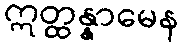
ဣတ္ထန္နာမေန